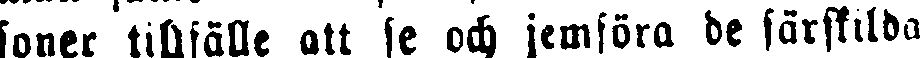
soner tillfälle att se och jemföra de särskilda